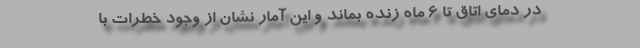
در دمای اتاق تا ۶ ماه زنده بماند و این آمار نشان از وجود خطرات با